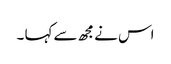
اس نے مجھ سے کہا ۔